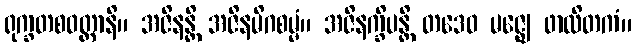
ရုက္ခတစဝတ္ထာနိ။ အဇိနန္တိ အဇိနမိဂစမ္မံ။ အဇိနက္ခိပန္တိ တဒေဝ မဇ္ဈေ ဖာလိတကံ။